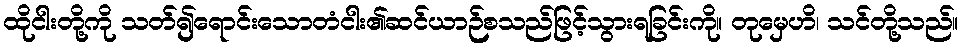
ထိုငါးတို့ကို သတ်၍ရောင်းသောတံငါး၏ဆင်ယာဉ်စသည်ဖြင့်သွားရခြင်းကို။ တုမှေဟိ၊ သင်တို့သည်။